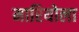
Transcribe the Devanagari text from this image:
मारियोला